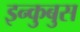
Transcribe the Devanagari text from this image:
इन्कुबुस